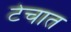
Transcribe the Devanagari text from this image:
टेचात